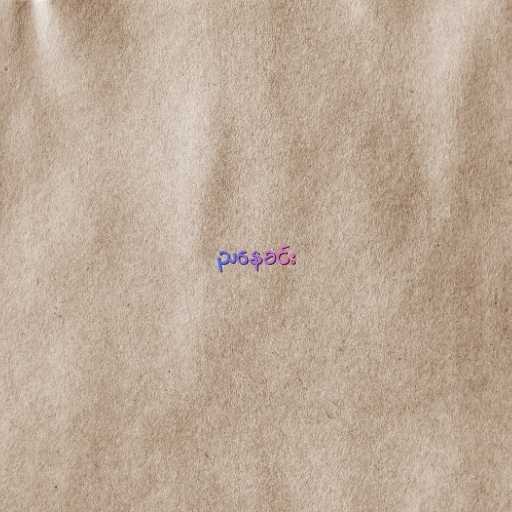
ညနေခင်း